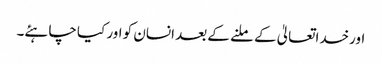
اورخداتعالیٰ کے ملنے کے بعد انسان کو اور کیا چاہئے۔